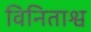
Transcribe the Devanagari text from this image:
विनिताश्व